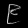
Digit: ၉